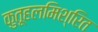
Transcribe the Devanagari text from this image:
कुतूहलमिश्रित